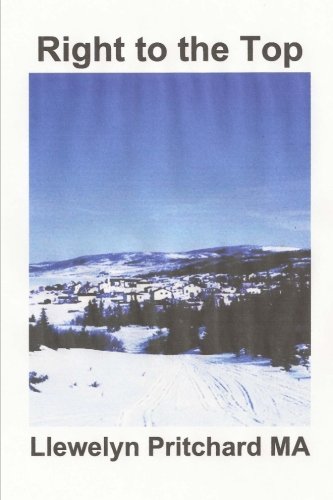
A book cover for Right To The Top (Port Hope Simpson Mysteries   ) (Indonesian Edition); Llewelyn Pritchard MA; Teen & Young Adult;